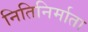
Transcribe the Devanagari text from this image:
नितिनिर्माता